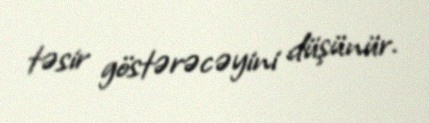
təsir göstərəcəyini düşünür.